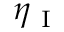
\eta _ { \mathrm { ~ I ~ } }